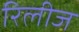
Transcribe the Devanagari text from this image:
रिलीज